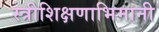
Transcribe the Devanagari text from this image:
स्त्रीशिक्षणाभिमानी